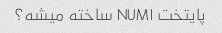
پایتخت NUM۱ ساخته میشه؟